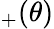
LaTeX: _+(\theta)